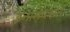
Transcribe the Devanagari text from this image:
इनामपत्रात